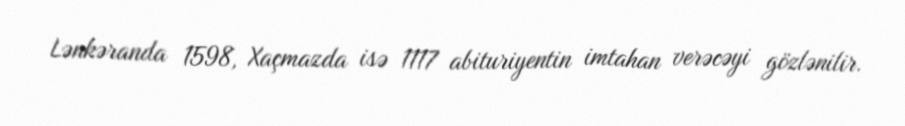
Lənkəranda 1598, Xaçmazda isə 1117 abituriyentin imtahan verəcəyi gözlənilir.